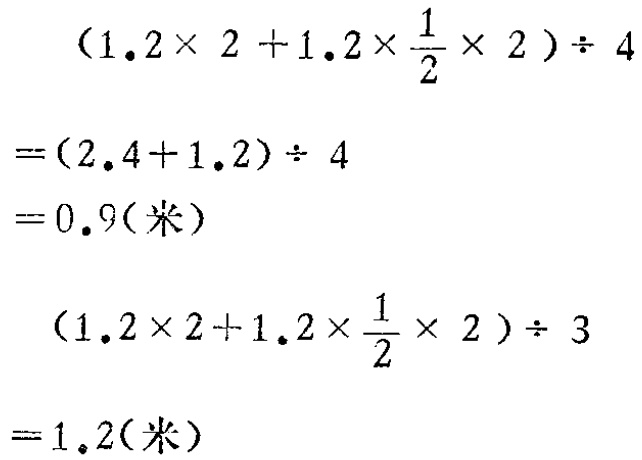
\[

\begin{align*}

&(1.2\times 2 + 1.2\times\frac{1}{2}\times 2)\div 4\\

=&(2.4 + 1.2)\div 4\\

=&0.9(\text{米})\\

\end{align*}

\]

\[

\begin{align*}

&(1.2\times 2 + 1.2\times\frac{1}{2}\times 2)\div 3\\

=&1.2(\text{米})\\

\end{align*}

\]